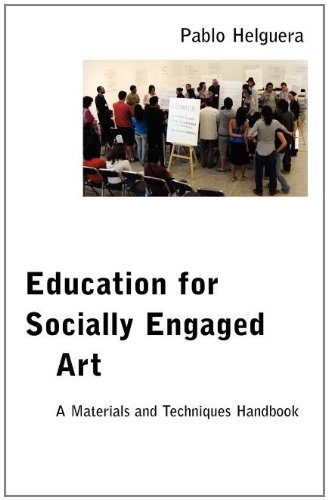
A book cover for Education for Socially Engaged Art: A Materials and Techniques Handbook; Pablo Helguera; Reference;